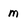
Character: m